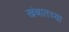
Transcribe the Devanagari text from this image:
खंबातच्या